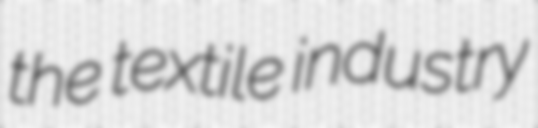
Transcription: the textile industry